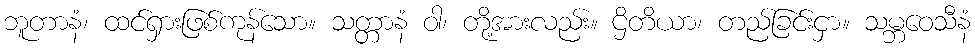
ဘူတာနံ၊ ထင်ရှားဖြစ်ကုန်သော။ သတ္တာနံ ဝါ၊ တို့အားလည်း။ ဌိတိယာ၊ တည်ခြင်းငှာ။ သမ္ဘဝေသီနံ